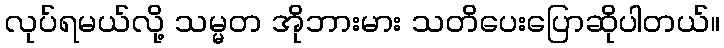
လုပ်ရမယ်လို့ သမ္မတ အိုဘားမား သတိပေးပြောဆိုပါတယ်။